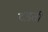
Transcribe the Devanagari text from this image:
दडती